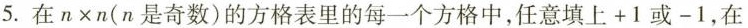
5.在n×n(n是奇数)的方格表里的每一个方格中，任意填上+1或-1，在